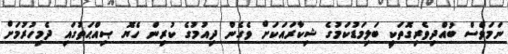
ނަމަވެސް ބުއްދިވެރިގޮތަކީ ބަލިމަޑުކަމުގެ ޝިކާރައަކަށް ވެގެން ދިއުމުގެ ކުރިން ހެޔޮ ޞިއްޙަތުގައި ދެމިހުރުމަށް